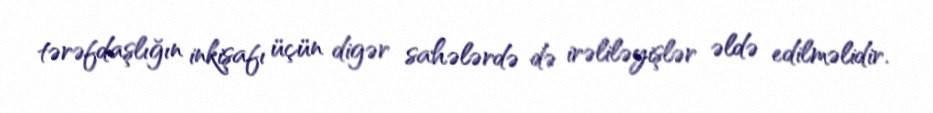
tərəfdaşlığın inkişafı üçün digər sahələrdə də irəliləyişlər əldə edilməlidir.